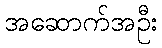
အဆောက်အဦး